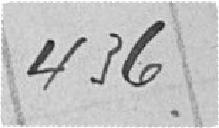
436